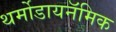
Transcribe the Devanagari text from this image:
थर्मोडायनॅमिक